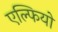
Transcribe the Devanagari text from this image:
एल्फियो